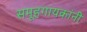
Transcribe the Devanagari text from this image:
समूहगायकांनी